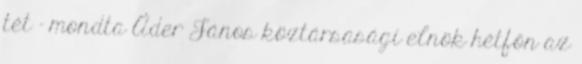
tét – mondta Áder János köztársasági elnök hétfőn az